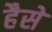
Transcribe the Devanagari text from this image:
हैसे